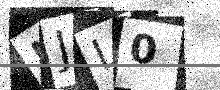
Text: MJL0